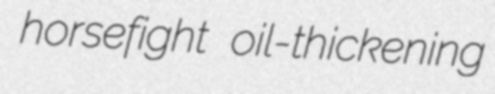
horsefight oil-thickening